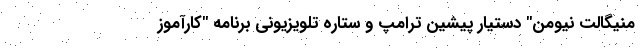
منیگالت نیومن" دستیار پیشین ترامپ و ستاره تلویزیونی برنامه "کارآموز